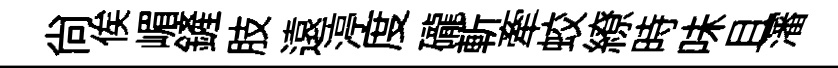
尚俟嵋鏟肢遠渟度礲斬牽蛟繚時味且瀋